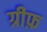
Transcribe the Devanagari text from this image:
ग्रीफ़